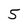
Character: 5